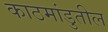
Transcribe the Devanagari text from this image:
काठमांडुतील